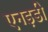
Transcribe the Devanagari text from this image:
एनइडी